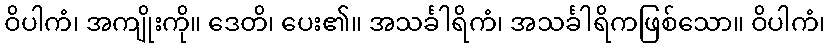
ဝိပါကံ၊ အကျိုးကို။ ဒေတိ၊ ပေး၏။ အသင်္ခါရိကံ၊ အသင်္ခါရိကဖြစ်သော။ ဝိပါကံ၊